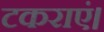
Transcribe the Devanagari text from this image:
टकराएं।